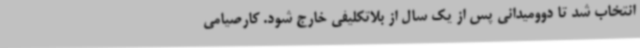
انتخاب شد تا دوومیدانی پس از یک سال از بلاتکلیفی خارج شود. کارصیامی